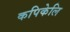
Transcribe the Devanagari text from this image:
कपिकेलि